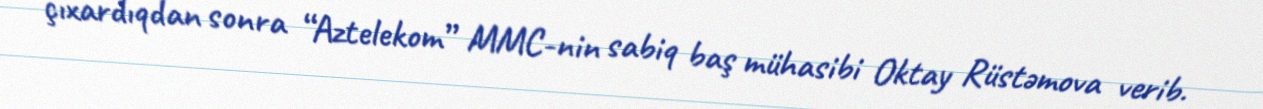
çıxardıqdan sonra “Aztelekom” MMC-nin sabiq baş mühasibi Oktay Rüstəmova verib.